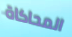
المحاكاة